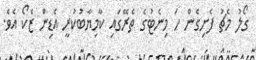
ގޯލު މެޗު ފެށިގެން ހަ މިނެޓުގެ ތެރޭގައި ކާމިޔާބުކުރީ އެޑިން ޒެކޯ އެވެ.